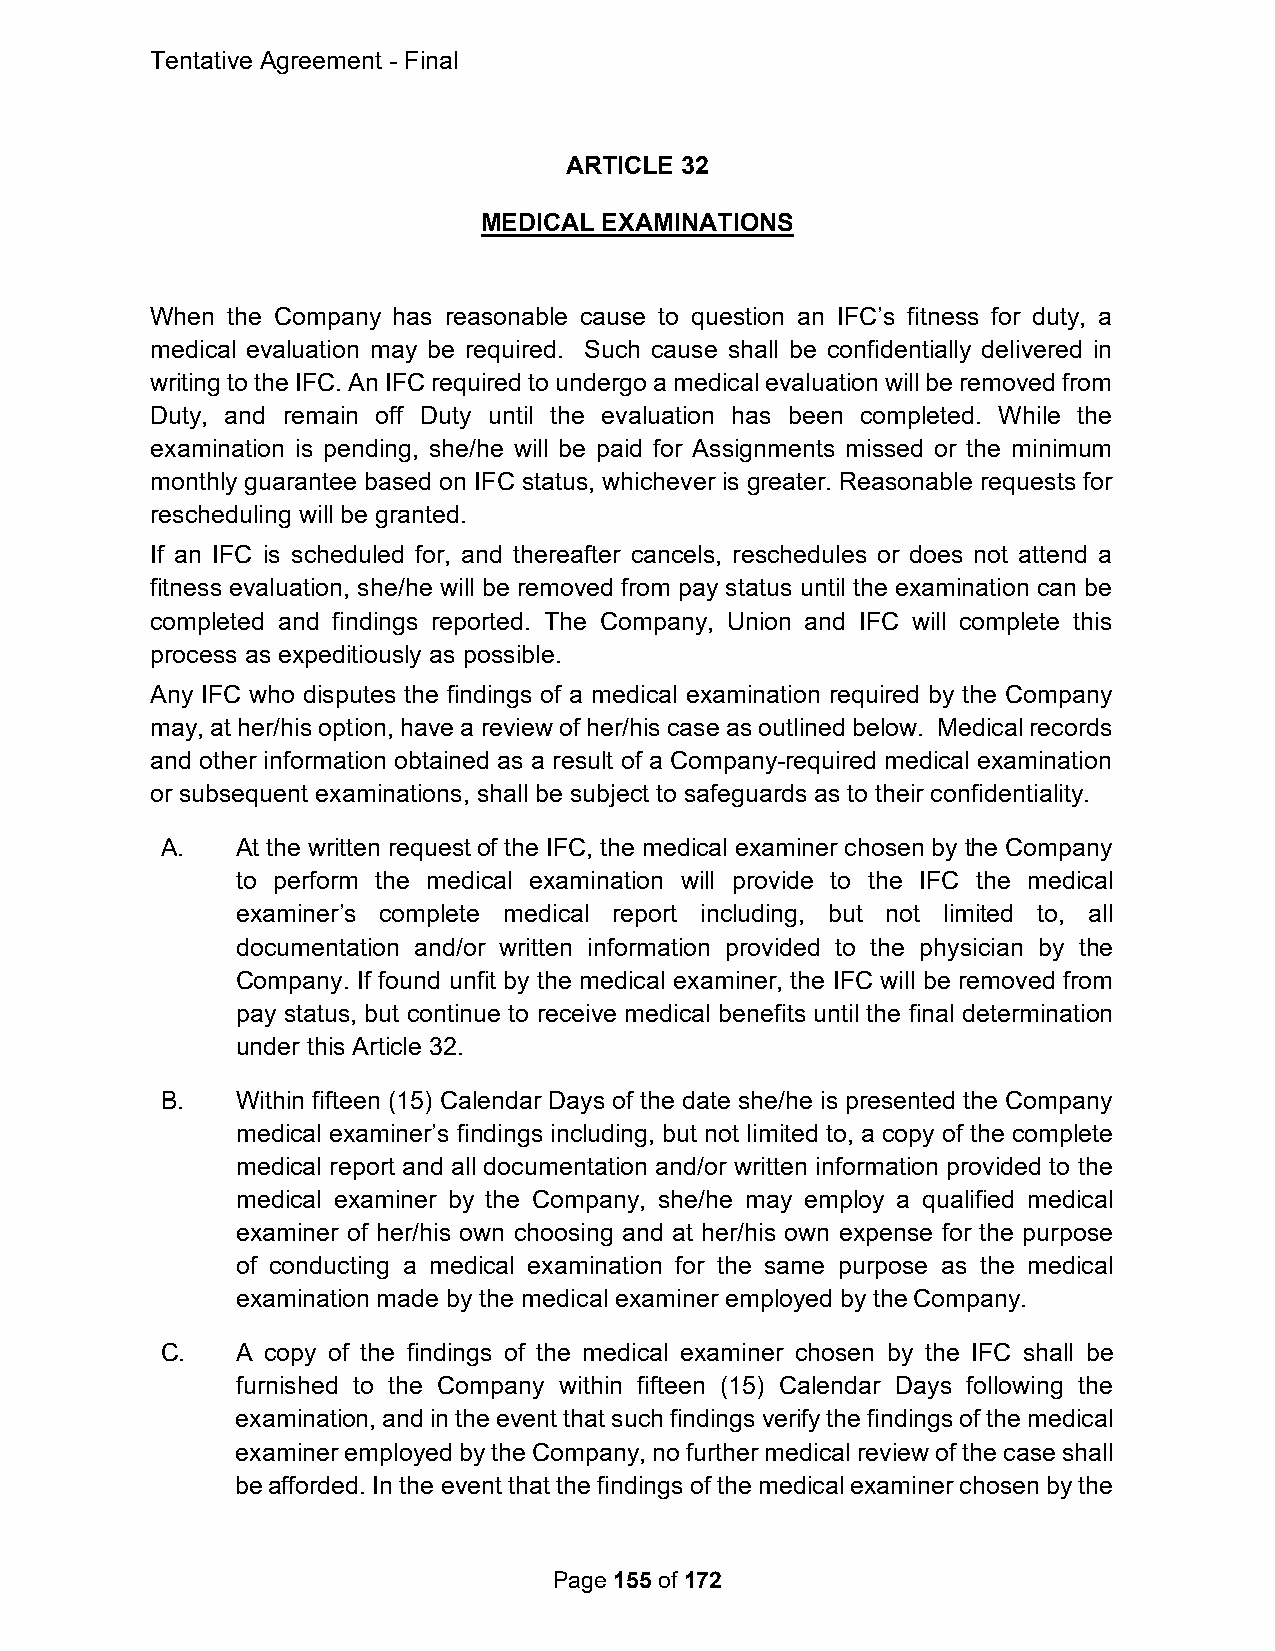
Tentative Agreement - Final
 ARTICLE 32
 MEDICAL EXAMINATIONS
 When the Company has reasonable cause to question an IFC’s fitness for duty, a
 medical evaluation may be required. Such cause shall be confidentially delivered in
 writing to the IFC. An IFC required to undergo a medical evaluation will be removed from
 Duty, and remain off Duty until the evaluation has been completed. While the
 examination is pending, she/he will be paid for Assignments missed or the minimum
 monthly guarantee based on IFC status, whichever is greater. Reasonable requests for
 rescheduling will be granted.
 If an IFC is scheduled for, and thereafter cancels, reschedules or does not attend a
 fitness evaluation, she/he will be removed from pay status until the examination can be
 completed and findings reported. The Company, Union and IFC will complete this
 process as expeditiously as possible.
 Any IFC who disputes the findings of a medical examination required by the Company
 may, at her/his option, have a review of her/his case as outlined below. Medical records
 and other information obtained as a result of a Company-required medical examination
 or subsequent examinations, shall be subject to safeguards as to their confidentiality.
 A.   At the written request of the IFC, the medical examiner chosen by the Company
 to perform the medical examination will provide to the IFC the medical
 examiner’s complete medical report including, but not limited to, all
 documentation and/or written information provided to the physician by the
 Company. If found unfit by the medical examiner, the IFC will be removed from
 pay status, but continue to receive medical benefits until the final determination
 under this Article 32.
 B.   Within fifteen (15) Calendar Days of the date she/he is presented the Company
 medical examiner’s findings including, but not limited to, a copy of the complete
 medical report and all documentation and/or written information provided to the
 medical examiner by the Company, she/he may employ a qualified medical
 examiner of her/his own choosing and at her/his own expense for the purpose
 of conducting a medical examination for the same purpose as the medical
 examination made by the medical examiner employed by the Company.
 C.   A copy of the findings of the medical examiner chosen by the IFC shall be
 furnished to the Company within fifteen (15) Calendar Days following the
 examination, and in the event that such findings verify the findings of the medical
 examiner employed by the Company, no further medical review of the case shall
 be afforded. In the event that the findings of the medical examiner chosen by the
 Page 155 of 172